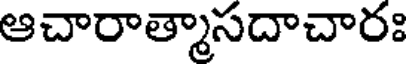
ఆచారాత్మాసదాచారః